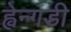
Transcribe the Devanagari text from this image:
ह्वेन्गडी